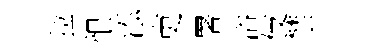
拉恨添吏署浴伎禁